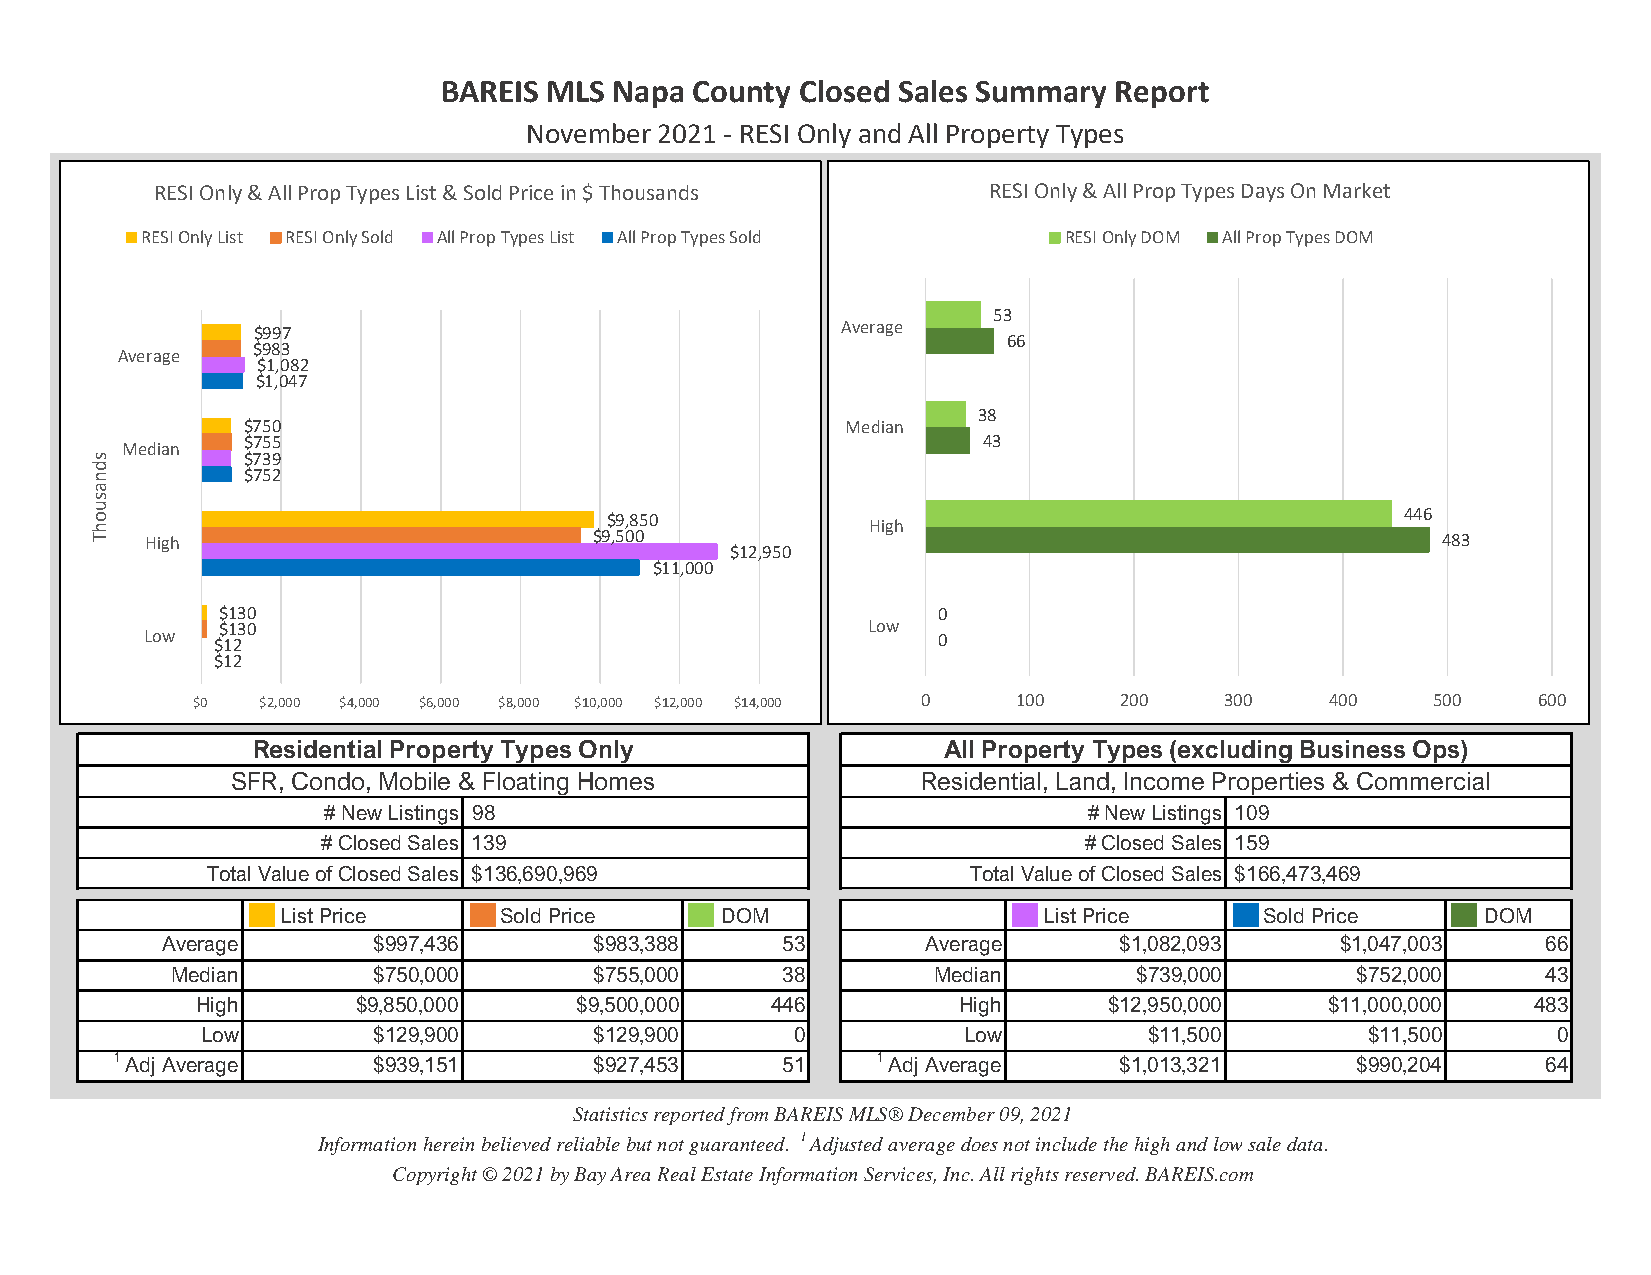
BAREIS MLS  Napa County Closed Sales Summary Report
 November 2021 - RESI Only and All Property Types
 RESI Only & All Prop Types List & Sold Price in $ Thousands RESI Only & All Prop Types Days On Market
 RESI Only List RESI Only Sold All Prop Types List All Prop Types Sold RESI Only DOM All Prop Types DOM
 53
 $997                                   Average
 66
 $983
 Average
 $1,082
 $1,047
 38
 $750                                    Median
 $755                                             43
 Median
 s         $739
 d
 n         $752
 a
 s
 u
 o                                 $9,850                                               446
 h                                                   High
 T   High                         $9,500                                                  483
 $12,950
 $11,000
 $130                                           0
 $130                                      Low
 Low $12                                             0
 $12
 $0  $2,000 $4,000 $6,000 $8,000 $10,000 $12,000 $14,000 0 100 200   300    400    500    600
 Thousands
 Residential Property Types Only              All Property Types (excluding Business Ops)
 SFR, Condo, Mobile & Floating Homes           Residential, Land, Income Properties & Commercial
 # New Listings 98                                  # New Listings 109
 # Closed Sales 139                                 # Closed Sales 159
 Total Value of Closed Sales $136,690,969          Total Value of Closed Sales $166,473,469
 List Price    Sold Price     DOM                  List Price     Sold Price    DOM
 Average       $997,436      $983,388     53       Average      $1,082,093     $1,047,003   66
 Median        $750,000      $755,000     38        Median       $739,000       $752,000    43
 High       $9,850,000    $9,500,000   446         High      $12,950,000    $11,000,000  483
 Low         $129,900      $129,900      0          Low         $11,500        $11,500     0
 1 Adj Average     $939,151      $927,453     51    1 Adj Average   $1,013,321      $990,204    64
 Statistics reported from BAREIS MLS® December 09, 2021
 Information herein believed reliable but not guaranteed. 1Adjusted average does not include the high and low sale data.
 Copyright © 2021 by Bay Area Real Estate Information Services, Inc. All rights reserved. BAREIS.com